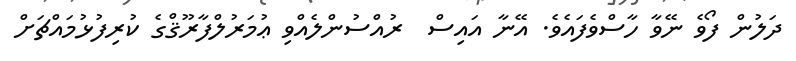
ދަލުން ފޯވެ ނޭވާ ހާސްވެފައެވެ. އޭނާ އައިސް  ރުއްސުންލެއްވި ޢުމަރުލްފާރޫޤްގެ ކުރިފުޅުމައްޗަށް